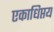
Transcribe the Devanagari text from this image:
एकाधिप्तय